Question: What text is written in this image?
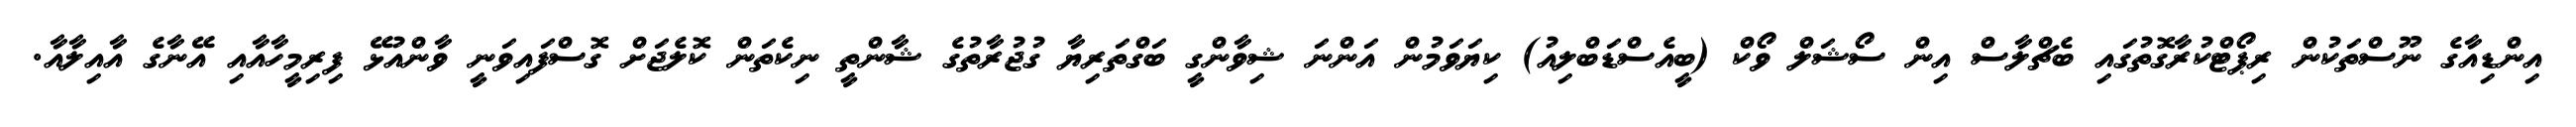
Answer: އިންޑިއާގެ ނޫސްތަކުން ރިޕޯޓްކުރާގޮތުގައި ބެޗްލާސް އިން ސޯޝަލް ވޯކް (ބީއެސްޑަބްލިއު) ކިޔަވަމުން އަންނަ ޝިވާންގީ ބަގްތަރިޔާ ގުޖުރާތުގެ ޝާންތީ ނިކެތަން ކޮލެޖަށް ގޮސްފައިވަނީ ވާންއުޅޭ ފިރިމީހާއާއި އޭނާގެ އާއިލާއާ.